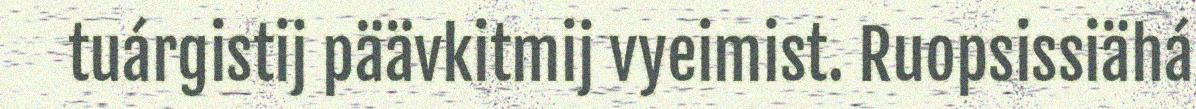
tuárgistij päävkitmij vyeimist. Ruopsissiähá